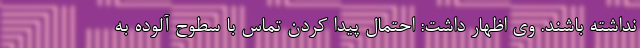
نداشته باشند. وی اظهار داشت: احتمال پیدا کردن تماس با سطوح آلوده به